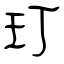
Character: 玎